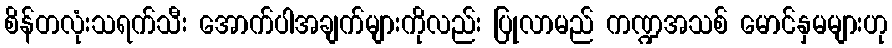
စိန်တလုံးသရက်သီး အောက်ပါအချက်များကိုလည်း ပြုလာမည် ကဏ္ဍအသစ် မောင်နှမများဟု